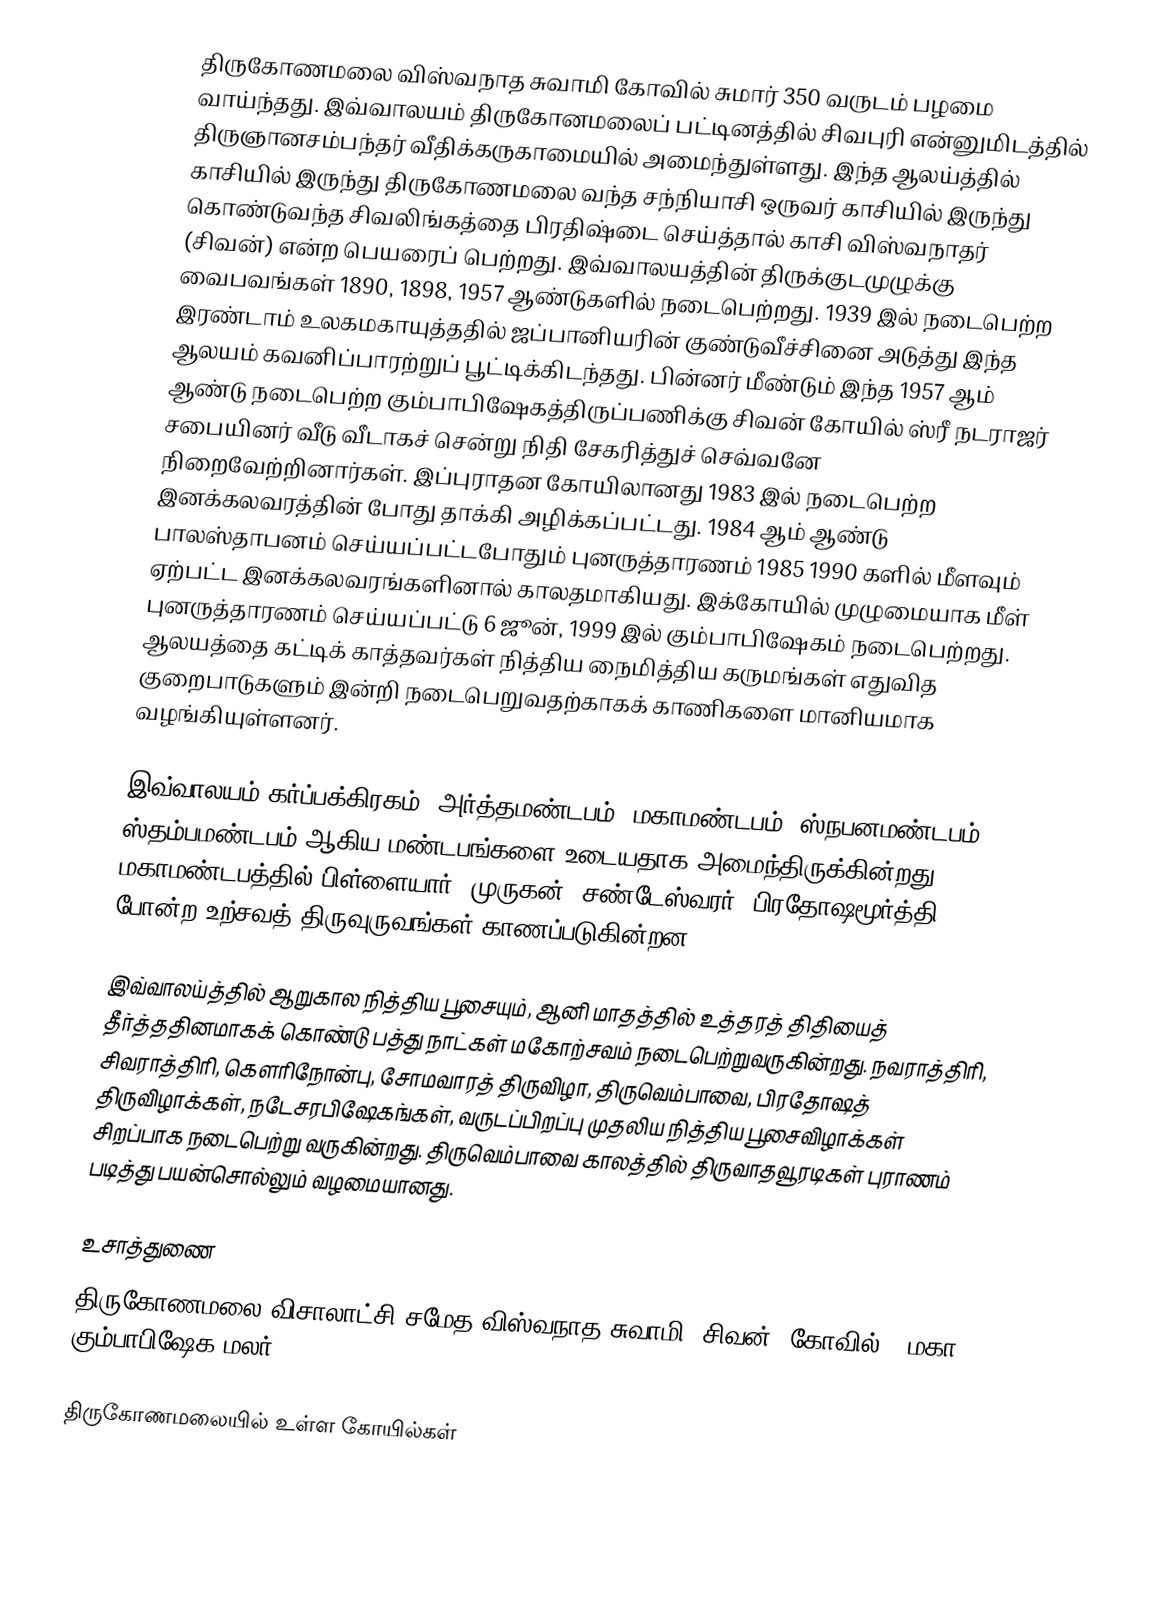
திருகோணமலை விஸ்வநாத சுவாமி கோவில் சுமார் 350 வருடம் பழமை வாய்ந்தது. இவ்வாலயம் திருகோனமலைப் பட்டினத்தில் சிவபுரி என்னுமிடத்தில் திருஞானசம்பந்தர் வீதிக்கருகாமையில் அமைந்துள்ளது. இந்த ஆலய்த்தில் காசியில் இருந்து திருகோணமலை வந்த சந்நியாசி ஒருவர் காசியில் இருந்து கொண்டுவந்த சிவலிங்கத்தை பிரதிஷ்டை செய்த்தால் காசி விஸ்வநாதர் (சிவன்) என்ற பெயரைப் பெற்றது. இவ்வாலயத்தின் திருக்குடமுழுக்கு வைபவங்கள் 1890, 1898, 1957 ஆண்டுகளில் நடைபெற்றது. 1939 இல் நடைபெற்ற இரண்டாம் உலகமகாயுத்ததில் ஜப்பானியரின் குண்டுவீச்சினை அடுத்து இந்த ஆலயம் கவனிப்பாரற்றுப் பூட்டிக்கிடந்தது. பின்னர் மீண்டும் இந்த  1957 ஆம் ஆண்டு நடைபெற்ற கும்பாபிஷேகத்திருப்பணிக்கு சிவன் கோயில் ஸ்ரீ நடராஜர் சபையினர் வீடு வீடாகச் சென்று நிதி சேகரித்துச் செவ்வனே நிறைவேற்றினார்கள். இப்புராதன கோயிலானது 1983 இல் நடைபெற்ற இனக்கலவரத்தின் போது தாக்கி அழிக்கப்பட்டது. 1984 ஆம் ஆண்டு பாலஸ்தாபனம் செய்யப்பட்டபோதும் புனருத்தாரணம் 1985 1990 களில் மீளவும் ஏற்பட்ட இனக்கலவரங்களினால் காலதமாகியது. இக்கோயில் முழுமையாக மீள் புனருத்தாரணம் செய்யப்பட்டு 6 ஜூன், 1999 இல் கும்பாபிஷேகம் நடைபெற்றது. ஆலயத்தை கட்டிக் காத்தவர்கள் நித்திய நைமித்திய கருமங்கள் எதுவித குறைபாடுகளும் இன்றி நடைபெறுவதற்காகக் காணிகளை மானியமாக வழங்கியுள்ளனர்.

இவ்வாலயம் கர்ப்பக்கிரகம், அர்த்தமண்டபம், மகாமண்டபம், ஸ்நபனமண்டபம், ஸ்தம்பமண்டபம் ஆகிய மண்டபங்களை உடையதாக அமைந்திருக்கின்றது. மகாமண்டபத்தில் பிள்ளையார், முருகன், சண்டேஸ்வரர், பிரதோஷமூர்த்தி போன்ற உற்சவத் திருவுருவங்கள் காணப்படுகின்றன.

இவ்வாலய்த்தில் ஆறுகால நித்திய பூசையும், ஆனி மாதத்தில் உத்தரத் திதியைத் தீர்த்ததினமாகக் கொண்டு பத்து நாட்கள் மகோற்சவம் நடைபெற்றுவருகின்றது.  நவராத்திரி, சிவராத்திரி, கௌரிநோன்பு, சோமவாரத் திருவிழா, திருவெம்பாவை, பிரதோஷத் திருவிழாக்கள், நடேசரபிஷேகங்கள், வருடப்பிறப்பு முதலிய நித்திய பூசைவிழாக்கள் சிறப்பாக நடைபெற்று வருகின்றது. திருவெம்பாவை காலத்தில் திருவாதவூரடிகள் புராணம் படித்து பயன்சொல்லும் வழமையானது.

உசாத்துணை
திருகோணமலை விசாலாட்சி சமேத விஸ்வநாத சுவாமி (சிவன்) கோவில் - மகா கும்பாபிஷேக மலர்

திருகோணமலையில் உள்ள கோயில்கள்